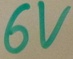
Text: 6V